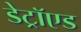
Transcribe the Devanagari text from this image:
डेट्रॉएड